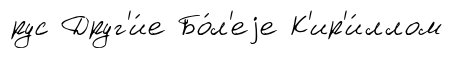
рус Друг'и́е Бо́л'еjе К'ир'и́ллом